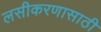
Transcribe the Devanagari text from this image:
लसीकरणासाठी